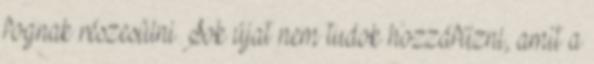
fognak részesülni Sok újat nem tudok hozzáfűzni, amit a